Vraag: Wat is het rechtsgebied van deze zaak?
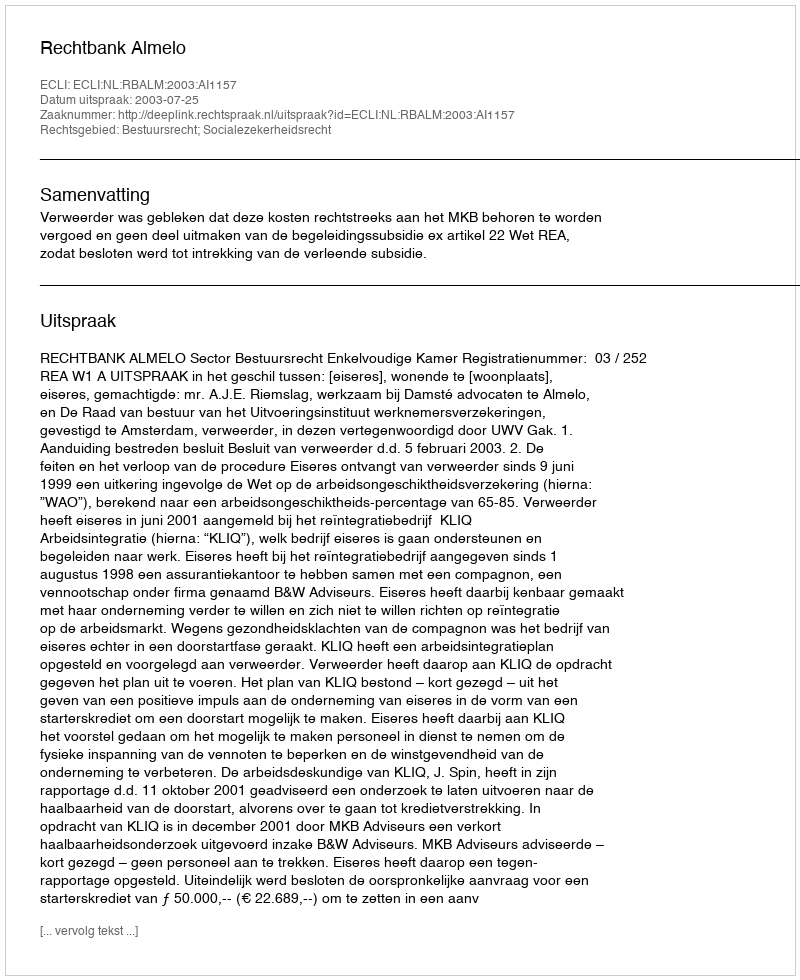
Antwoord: Bestuursrecht; Socialezekerheidsrecht